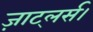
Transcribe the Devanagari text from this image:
ज़ाट्लर्स।